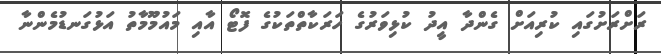
ރަށްރަށުގައި ކުރިއަށް ގެންދާ އީދު ކުޅިވަރުގެ ހަރަކާތްތަކުގެ ފޮޓޯ އާއި މައުމޫމާތު އަޅުގަނޑުމެންނާ